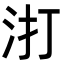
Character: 𭯾